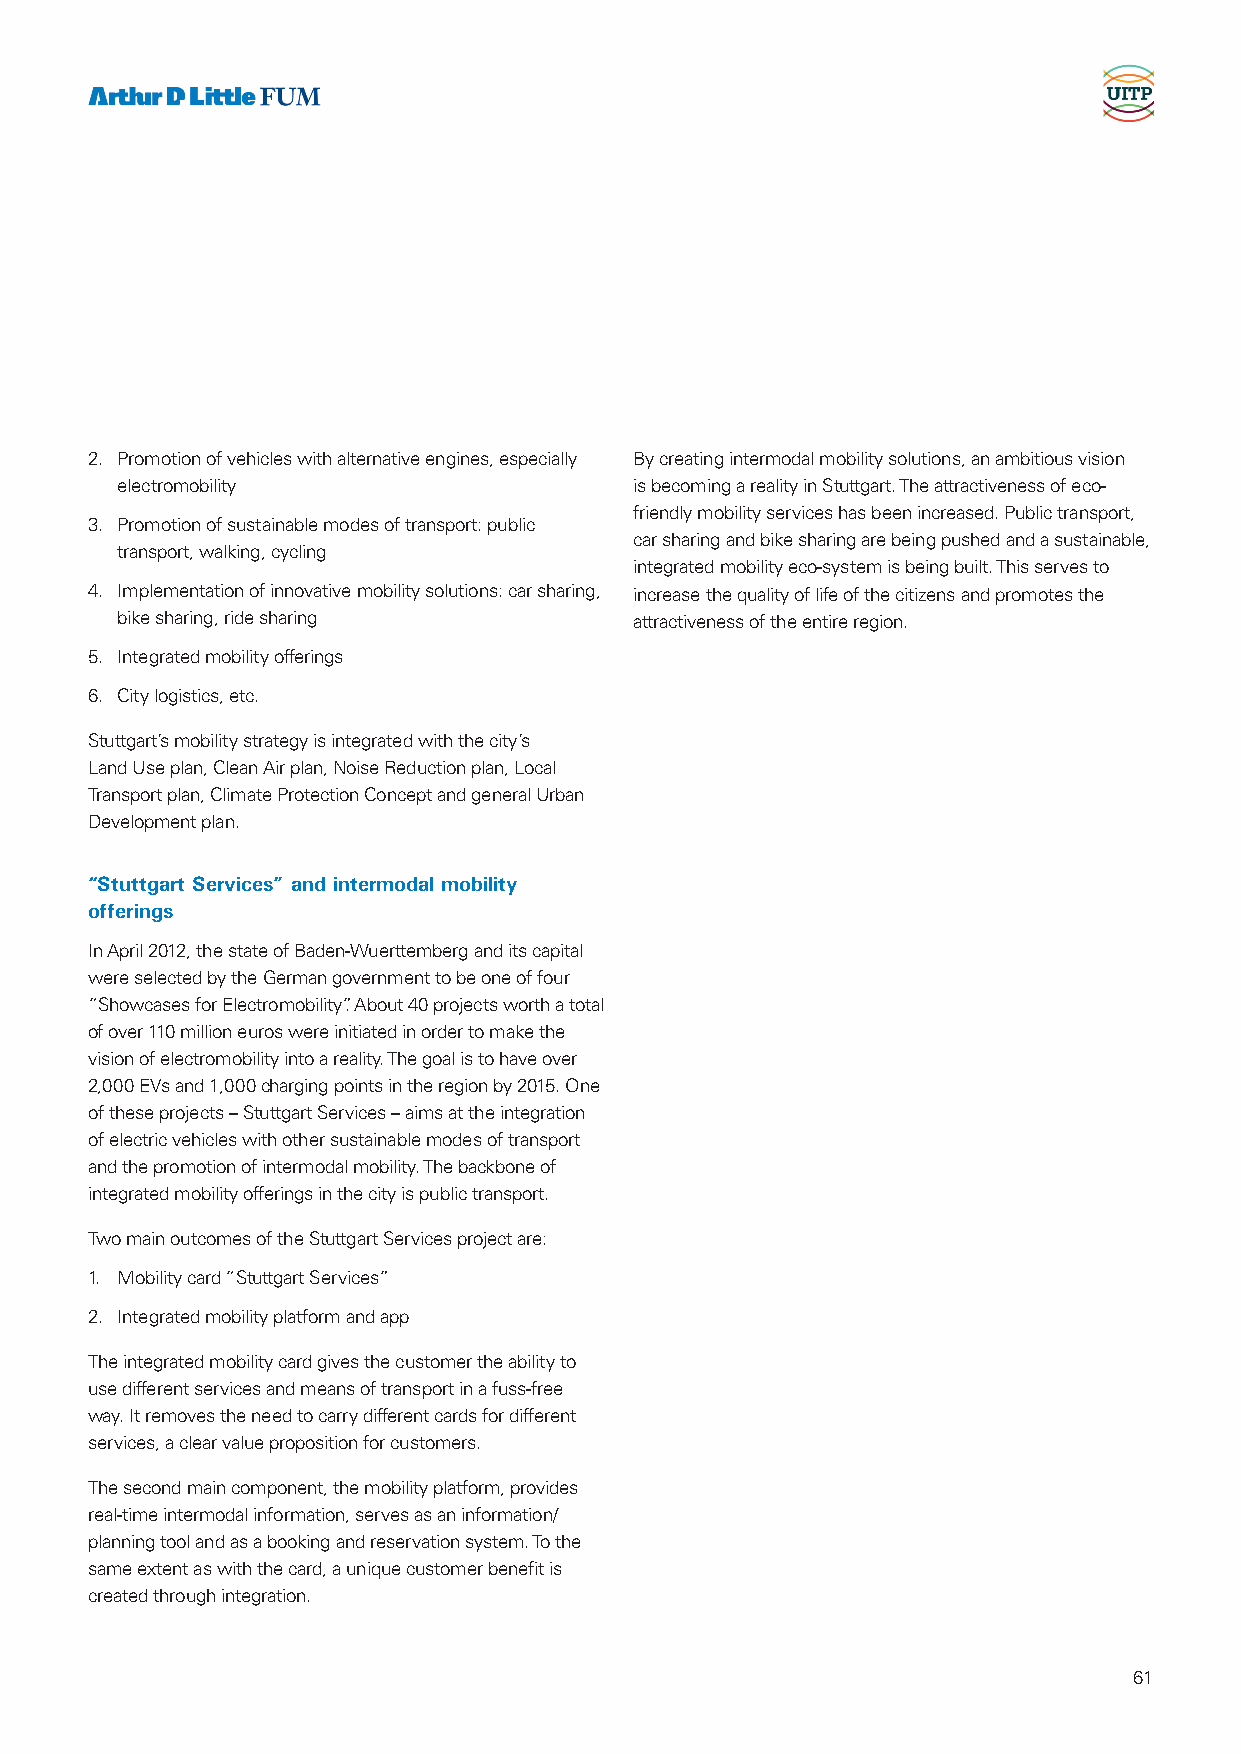
2. Promotion of vehicles with alternative engines, especially By creating intermodal mobility solutions, an ambitious vision
 electromobility                   is becoming a reality in Stuttgart. The attractiveness of eco-
 friendly mobility services has been increased. Public transport,
 3. Promotion of sustainable modes of transport: public
 car sharing and bike sharing are being pushed and a sustainable,
 transport, walking, cycling
 integrated mobility eco-system is being built. This serves to
 4. Implementation of innovative mobility solutions: car sharing, increase the quality of life of the citizens and promotes the
 bike sharing, ride sharing        attractiveness of the entire region.
 5. Integrated mobility offerings
 6. City logistics, etc.
 Stuttgart’s mobility strategy is integrated with the city’s
 Land Use plan, Clean Air plan, Noise Reduction plan, Local
 Transport plan, Climate Protection Concept and general Urban
 Development plan.
 “Stuttgart Services” and intermodal mobility
 offerings
 In April 2012, the state of Baden-Wuerttemberg and its capital
 were selected by the German government to be one of four
 “Showcases for Electromobility”. About 40 projects worth a total
 of over 110 million euros were initiated in order to make the
 vision of electromobility into a reality. The goal is to have over
 2,000 EVs and 1,000 charging points in the region by 2015. One
 of these projects – Stuttgart Services – aims at the integration
 of electric vehicles with other sustainable modes of transport
 and the promotion of intermodal mobility. The backbone of
 integrated mobility offerings in the city is public transport.
 Two main outcomes of the Stuttgart Services project are:
 1. Mobility card “Stuttgart Services”
 2. Integrated mobility platform and app
 The integrated mobility card gives the customer the ability to
 use different services and means of transport in a fuss-free
 way. It removes the need to carry different cards for different
 services, a clear value proposition for customers.
 The second main component, the mobility platform, provides
 real-time intermodal information, serves as an information/
 planning tool and as a booking and reservation system. To the
 same extent as with the card, a unique customer benefit is
 created through integration.
 61